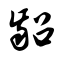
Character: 龆